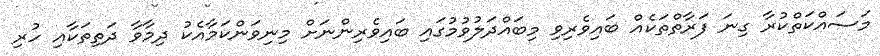
މަސައްކަތްކުރާ ގިނަ ފަރާތްތަކެއް ބައިވެރިވި މިބައްދަލުވުމުގައި ބައިވެރިންނަށް މިނިވަންކަމާއެކު ދިމާވާ ދަތިތަކާއި ހުރި